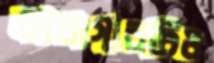
কারাগারটিও